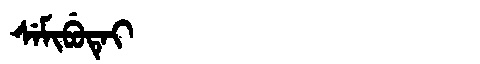
Manchu: ᠰᡝᠮᡳᠪᡠᡨᡝᡳ
Romanization: SEMIBUTEI